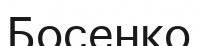
Босенко